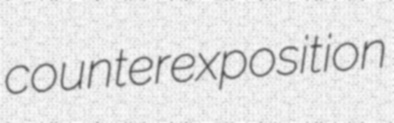
counterexposition